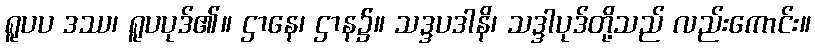
ရူပပ ဒဿ၊ ရူပပုဒ်၏။ ဌာနေ၊ ဌာန၌။ သဒ္ဒပဒါနိ၊ သဒ္ဒါပုဒ်တို့သည် လည်းကောင်း။